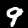
Digit: 9